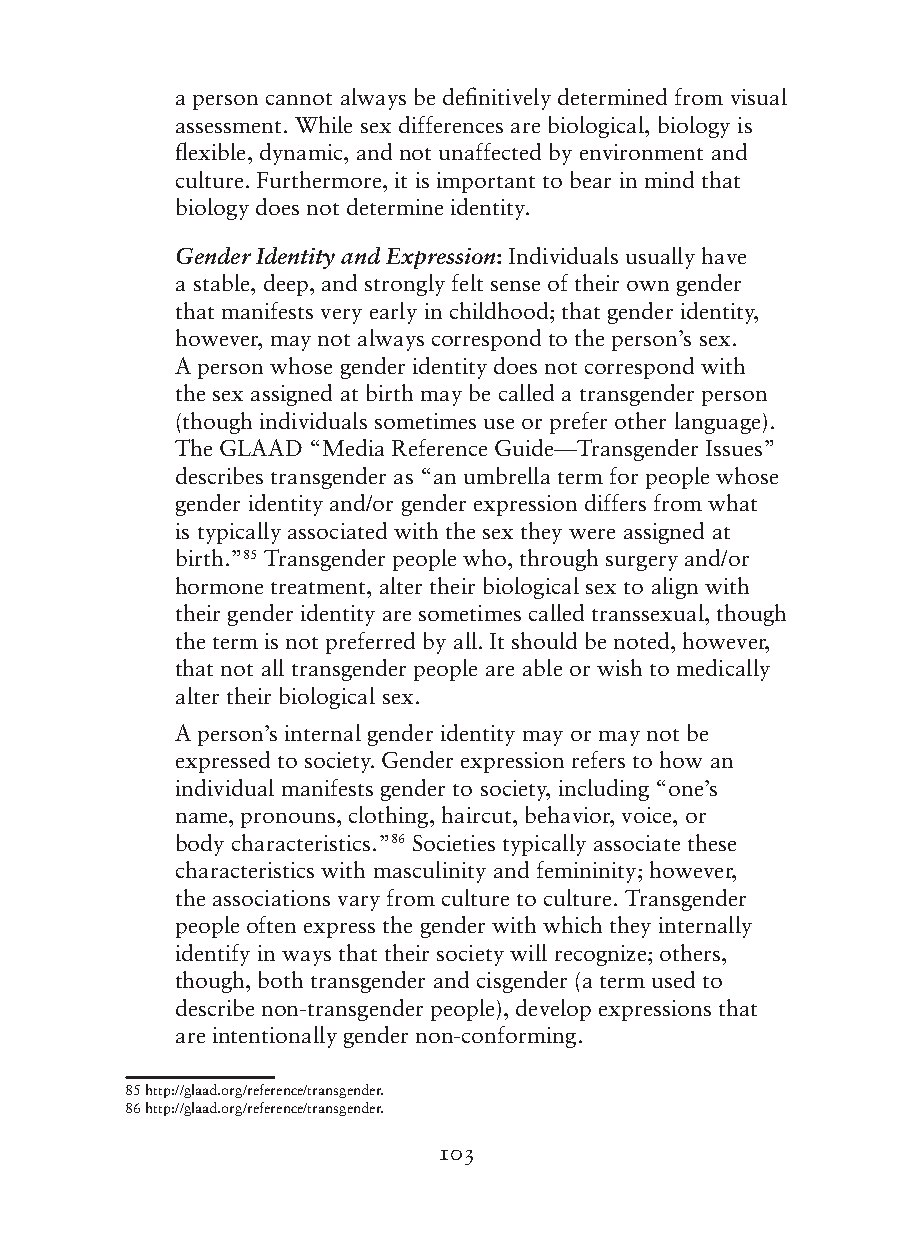
a person cannot always be definitively determined from visual
 assessment. While sex differences are biological, biology is
 flexible, dynamic, and not unaffected by environment and
 culture. Furthermore, it is important to bear in mind that
 biology does not determine identity.
 Gender Identity and Expression: Individuals usually have
 a stable, deep, and strongly felt sense of their own gender
 that manifests very early in childhood; that gender identity,
 however, may not always correspond to the person’s sex.
 A person whose gender identity does not correspond with
 the sex assigned at birth may be called a transgender person
 (though individuals sometimes use or prefer other language).
 The GLAAD “Media Reference Guide—Transgender Issues”
 describes transgender as “an umbrella term for people whose
 gender identity and/or gender expression differs from what
 is typically associated with the sex they were assigned at
 birth.”85 Transgender people who, through surgery and/or
 hormone treatment, alter their biological sex to align with
 their gender identity are sometimes called transsexual, though
 the term is not preferred by all. It should be noted, however,
 that not all transgender people are able or wish to medically
 alter their biological sex.
 A person’s internal gender identity may or may not be
 expressed to society. Gender expression refers to how an
 individual manifests gender to society, including “one’s
 name, pronouns, clothing, haircut, behavior, voice, or
 body characteristics.”86 Societies typically associate these
 characteristics with masculinity and femininity; however,
 the associations vary from culture to culture. Transgender
 people often express the gender with which they internally
 identify in ways that their society will recognize; others,
 though, both transgender and cisgender (a term used to
 describe non-transgender people), develop expressions that
 are intentionally gender non-conforming.
 85 http://glaad.org/reference/transgender.
 86 http://glaad.org/reference/transgender.
 103